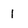
Character: 1